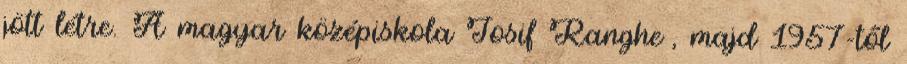
jött létre. A magyar középiskola Iosif Rangheț, majd 1957-től